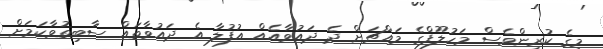
މީގެ ކުރިންވެސް މަހުލޫފްގެ މައްޗަށް ދެ ދައުވާއެެއް އުފުލާ އެ ދައުވާތައް ސާބިތުވާކަމަށް